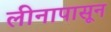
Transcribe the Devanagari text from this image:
लीनापासून